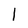
Character: 1